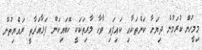
މިމީހުން ކުރަމުން ދިޔަހާ ކަންތަކާއި ކައިފައި ވާހާ ލާރިތަކަކީ ކޮބައިކަން ފަޅާއަރާތީ ރައްޔިތުން